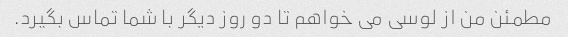
مطمئن من از لوسی می خواهم تا دو روز دیگر با شما تماس بگیرد.